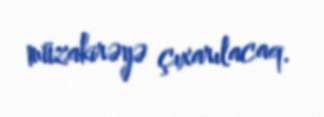
müzakirəyə çıxarılacaq.